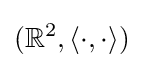
(\mathbb {R} ^{2},\langle \cdot ,\cdot \rangle )